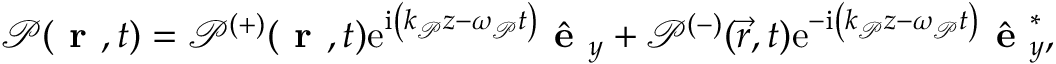
\mathcal { P } ( \textbf { r } , t ) = \mathcal { P } ^ { ( + ) } ( \textbf { r } , t ) \mathrm { e } ^ { \mathrm { i } \left( k _ { \mathcal { P } } z - \omega _ { \mathcal { P } } t \right) } \hat { \textbf { e } } _ { y } + \mathcal { P } ^ { ( - ) } ( \vec { r } , t ) \mathrm { e } ^ { - \mathrm { i } \left( k _ { \mathcal { P } } z - \omega _ { \mathcal { P } } t \right) } \hat { \textbf { e } } _ { y } ^ { * } ,